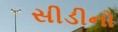
સીડીનો